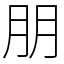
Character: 朋